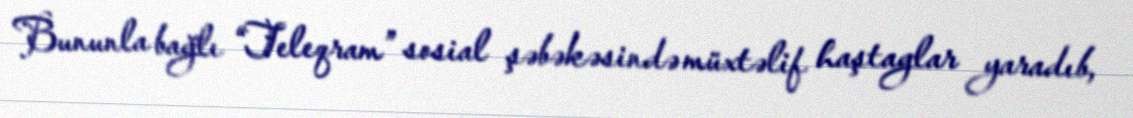
Bununla bağlı “Teleqram” sosial şəbəkəsində müxtəlif haştaglar yaradıb,